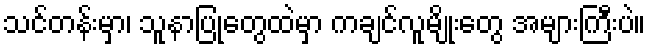
သင်တန်းမှာ၊ သူနာပြုတွေထဲမှာ ကချင်လူမျိုးတွေ အများကြီးပဲ။